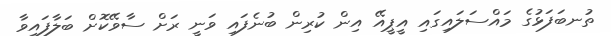
ތުނބަފަޅުގެ މައްސަލައިގައި އީޕީއޭ އިން ކުރިން ބުނެފައި ވަނީ ރަށް ސާވޭކޮށް ބަލާފައިވާ